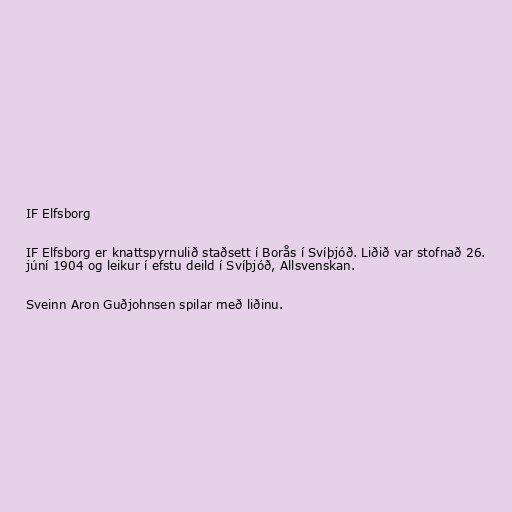
IF Elfsborg

IF Elfsborg er knattspyrnulið staðsett í Borås í Svíþjóð. Liðið var stofnað 26.
júní 1904 og leikur í efstu deild í Svíþjóð, Allsvenskan.

Sveinn Aron Guðjohnsen spilar með liðinu.